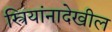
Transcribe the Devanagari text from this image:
स्त्रियांनादेखील